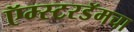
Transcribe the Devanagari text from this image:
ऍम्स्टरडॅमचा